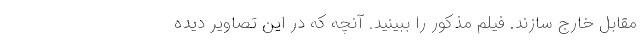
مقابل خارج سازند. فیلم مذکور را ببینید. آنچه که در این تصاویر دیده